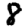
Digit: 8